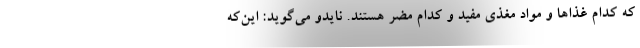
که کدام غذاها و مواد مغذی مفید و کدام مضر هستند. نایدو می‌گوید: این‌که